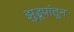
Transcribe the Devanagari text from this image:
झुडूपांतून